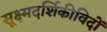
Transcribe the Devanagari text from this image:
सूक्ष्मदर्शिकीविदों